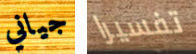
جياني تفسيرا